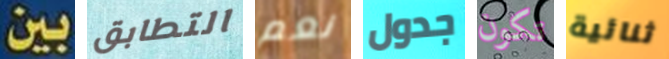
بين التطابق نعم جدول تكون ثنائية